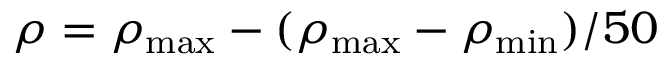
\rho = \rho _ { \mathrm { m a x } } - ( \rho _ { \mathrm { m a x } } - \rho _ { \mathrm { m i n } } ) / 5 0